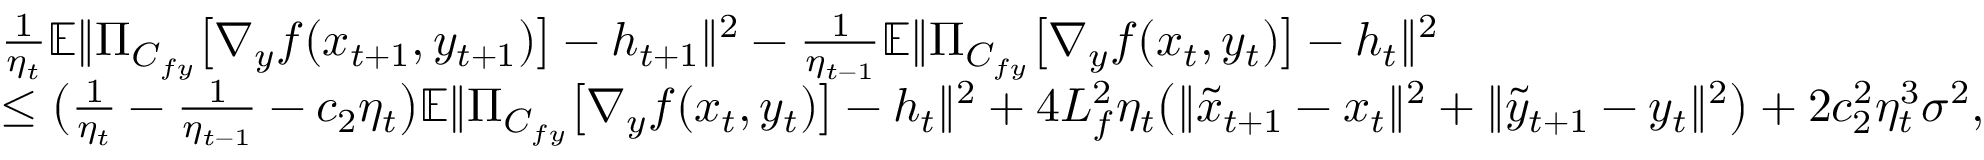
\begin{array} { r l } & { \frac { 1 } { \eta _ { t } } \mathbb { E } \| \Pi _ { C _ { f y } } \big [ \nabla _ { y } f ( x _ { t + 1 } , y _ { t + 1 } ) \big ] - h _ { t + 1 } \| ^ { 2 } - \frac { 1 } { \eta _ { t - 1 } } \mathbb { E } \| \Pi _ { C _ { f y } } \big [ \nabla _ { y } f ( x _ { t } , y _ { t } ) \big ] - h _ { t } \| ^ { 2 } } \\ & { \leq \big ( \frac { 1 } { \eta _ { t } } - \frac { 1 } { \eta _ { t - 1 } } - c _ { 2 } \eta _ { t } \big ) \mathbb { E } \| \Pi _ { C _ { f y } } \big [ \nabla _ { y } f ( x _ { t } , y _ { t } ) \big ] - h _ { t } \| ^ { 2 } + 4 L _ { f } ^ { 2 } \eta _ { t } \big ( \| \tilde { x } _ { t + 1 } - x _ { t } \| ^ { 2 } + \| \tilde { y } _ { t + 1 } - y _ { t } \| ^ { 2 } \big ) + 2 c _ { 2 } ^ { 2 } \eta _ { t } ^ { 3 } \sigma ^ { 2 } , } \end{array}